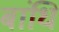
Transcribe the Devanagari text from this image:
बांधि